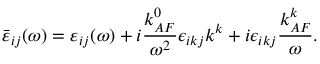
\bar { \varepsilon } _ { i j } ( \omega ) = { \varepsilon } _ { i j } ( \omega ) + i \frac { k _ { A F } ^ { 0 } } { \omega ^ { 2 } } \epsilon _ { i k j } k ^ { k } + i \epsilon _ { i k j } \frac { k _ { A F } ^ { k } } { \omega } .